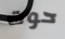
حوت